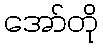
အော်တို